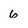
Character: 6